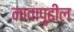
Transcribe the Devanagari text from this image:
नावापुढील